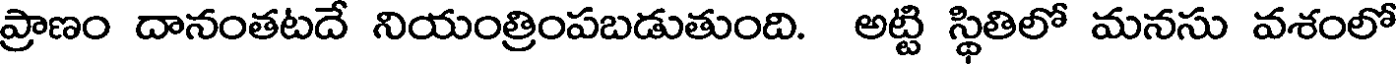
ప్రాణం దానంతటదే నియంత్రింపబడుతుంది. అట్టి స్థితిలో మనసు వశంలో